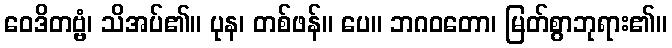
ဝေဒိတဗ္ဗံ၊ သိအပ်၏။ ပုန၊ တစ်ဖန်။ ပေ။ ဘဂဝတော၊ မြတ်စွာဘုရား၏။